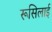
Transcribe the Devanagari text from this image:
रूसिलाई